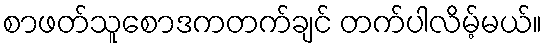
စာဖတ်သူစောဒကတက်ချင် တက်ပါလိမ့်မယ်။